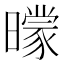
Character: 𣋡